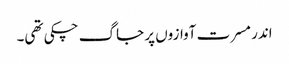
اندر مسرت آوازوں پر جاگ چکی تھی۔